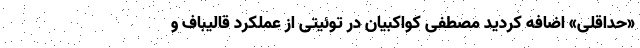
«حداقلی» اضافه کردید مصطفی کواکبیان در توئیتی از عملکرد قالیباف و